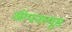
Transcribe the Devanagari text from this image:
ओपनस्यूस